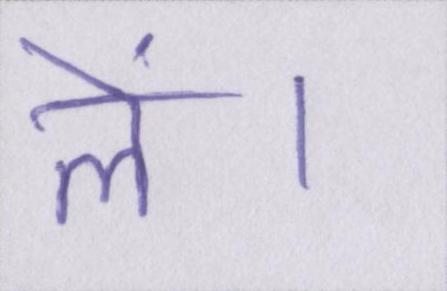
लें।